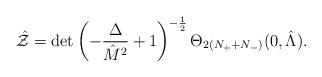
LaTeX: \begin{align*}\hat{\cal Z}=\det\left(-{\Delta\over \hat{M}^2}+1\right)^{-{1\over 2}} \Theta_{2(N_++N_-)}(0,\hat\Lambda).\end{align*}